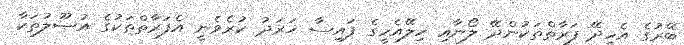
ބޭރުގެ އެހީދޭ ފަރާތްތަކުންދޭ ލޯނާއި ހިލޭއެހީގެ ފައިސާ ޚަރަދު ކުރެވެނީ އެފަރާތްތަކުގެ އުޞޫލުތަކާ